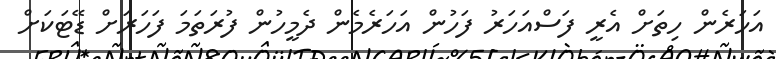
އަހަރެން ހިތަށް އެރީ ފަސްއަހަރު ފަހުން އަހަރެމެން ދެމީހުން ފުރަތަމަ ފަހަރަށް ޑޭޓަކަށް